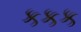
કકક